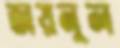
জয়নূল